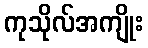
ကုသိုလ်အကျိုး